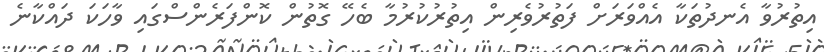
އިތުރުވާ އެނދުތަކާ އެއްވަރަށް ފަތުރުވެރިން އިތުރުކުރުމާ ބެހޭ ގޮތުން ކޮންފަރެންސްގައި ވާހަކަ ދައްކާނެ